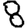
Digit: 8